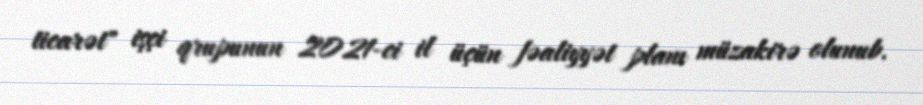
ticarət" işçi qrupunun 2021-ci il üçün fəaliyyət planı müzakirə olunub.